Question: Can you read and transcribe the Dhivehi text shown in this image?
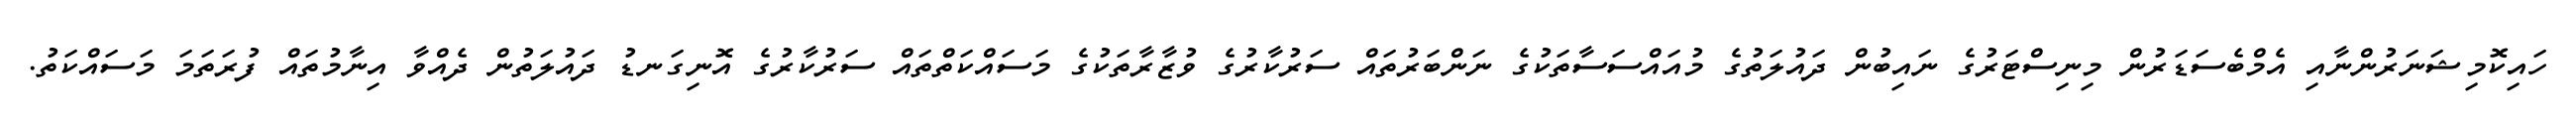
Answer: ހައިކޮމިޝަނަރުންނާއި އެމްބެސަޑަރުން މިނިސްޓަރުގެ ނައިބުން ދައުލަތުގެ މުއައްސަސާތަކުގެ ނަންބަރުތައް ސަރުކާރުގެ ވުޒާރާތަކުގެ މަސައްކަތްތައް ސަރުކާރުގެ އޮނިގަނޑު ދައުލަތުން ދެއްވާ އިނާމުތައް ފުރަތަމަ މަސައްކަތު.